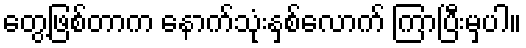
တွေ့ဖြစ်တာက နောက်သုံးနှစ်လောက် ကြာပြီးမှပါ။